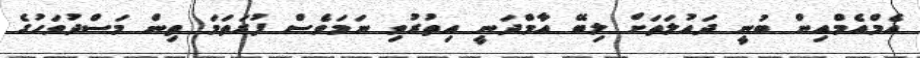
އެމްއެމްއިން ބުނީ ދައުލަތަށް ލިބޭ އާމްދަނީ އިތުރުވި ނަމަވެސް ފުރަތަމަ ތިން މަސްދުވަހުގެ